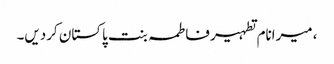
، میرانام تطہیر فاطمہ بنت پاکستان کردیں۔